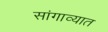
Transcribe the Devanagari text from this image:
सांगाव्यात